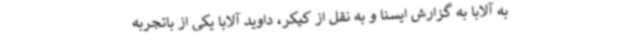
به آلابا به گزارش ایسنا و به نقل از کیکر، داوید آلابا یکی از باتجربه